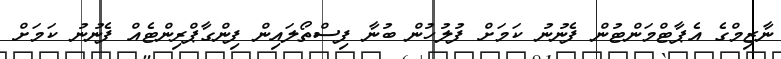
ނާޒިމްގެ އެޕާޓްމަންޓުން ފެނުނު ކަމަށް ފުލުހުން ބުނާ ފިސްތޯލައިން ފިންގާޕްރިންޓެއް ފެނުނު ކަމަށް